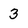
Character: 3